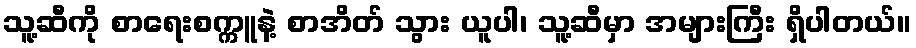
သူ့ဆီကို စာရေးစက္ကူနဲ့ စာအိတ် သွား ယူပါ၊ သူ့ဆီမှာ အများကြီး ရှိပါတယ်။